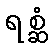
ရစ္ဆံ